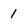
Character: 1